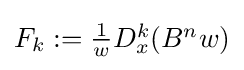
{\textstyle F_{k}:={\frac {1}{w}}D_{x}^{k}(B^{n}w)}